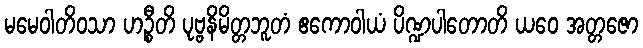
မမေဝါတိဝသာ ဟဉ္စီတိ ပုဗ္ဗနိမိတ္တဘူတံ ဧကောဝါယံ ပိဏ္ဍပါတောတိ ယဝေ အတ္တဇော